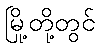
မြို့တို့တွင်